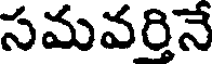
సమవర్తినే